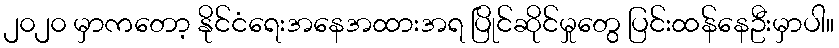
၂၀၂၀ မှာကတော့ နိုင်ငံရေးအနေအထားအရ ပြိုင်ဆိုင်မှုတွေ ပြင်းထန်နေဦးမှာပါ။